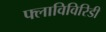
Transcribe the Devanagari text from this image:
फ्लाविविरिडी